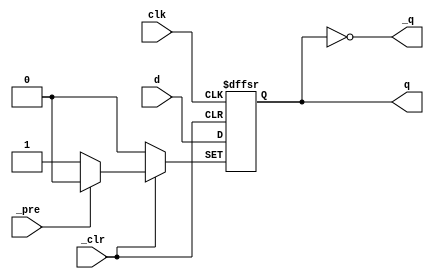
/*
  MIT License

  Copyright (c) 2019 Richard Eng

  Permission is hereby granted, free of charge, to any person obtaining a copy
  of this software and associated documentation files (the "Software"), to deal
  in the Software without restriction, including without limitation the rights
  to use, copy, modify, merge, publish, distribute, sublicense, and/or sell
  copies of the Software, and to permit persons to whom the Software is
  furnished to do so, subject to the following conditions:

  The above copyright notice and this permission notice shall be included in all
  copies or substantial portions of the Software.

  THE SOFTWARE IS PROVIDED "AS IS", WITHOUT WARRANTY OF ANY KIND, EXPRESS OR
  IMPLIED, INCLUDING BUT NOT LIMITED TO THE WARRANTIES OF MERCHANTABILITY,
  FITNESS FOR A PARTICULAR PURPOSE AND NONINFRINGEMENT. IN NO EVENT SHALL THE
  AUTHORS OR COPYRIGHT HOLDERS BE LIABLE FOR ANY CLAIM, DAMAGES OR OTHER
  LIABILITY, WHETHER IN AN ACTION OF CONTRACT, TORT OR OTHERWISE, ARISING FROM,
  OUT OF OR IN CONNECTION WITH THE SOFTWARE OR THE USE OR OTHER DEALINGS IN THE
  SOFTWARE.
*/

/*
  Positive-Edge-Triggered D Flip-Flop with
  Preset, Clear and Complementary Outputs
*/
`default_nettype none

module png_dff
(
    input wire  clk, d, _clr, _pre,
    output reg  q,
    output wire _q
);

always @(posedge clk or negedge _clr or negedge _pre) begin
    if (_clr == 1'b0) begin
        q <= 1'b0;
    end else if (_pre == 1'b0) begin
        q <= 1'b1;
    end else begin
        q <= d;
    end
end

assign _q = ~q;

endmodule